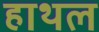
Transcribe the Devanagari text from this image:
हाथल